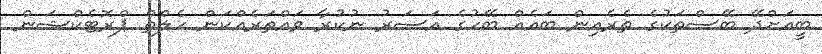
ބީއަށްދޭ ބޭސްތަކުގެ ތެރެއިން ބައެއް ބޭހުގެ އަސަރު ނުކުރާ ވައްތަރެއްކަން ހެލްތް ޕްރޮޓެކްޝަން